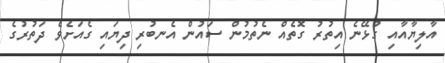
އާލިޔާއާއި ގުޅޭނެ އިތުރު ގޮތެއް ނެތުމުން ސައުން އެނބުރި ދިޔައި ގެއަށެވެ ދަތުރުގެ